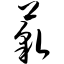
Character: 藐